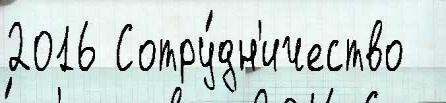
2016 Сотру́дн'ичество